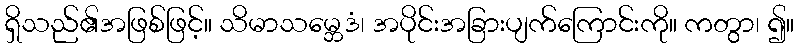
ရှိသည်၏အဖြစ်ဖြင့်။ သိမာသမ္ဘေဒံ၊ အပိုင်းအခြားပျက်ကြောင်းကို။ ကတွာ၊ ၍။